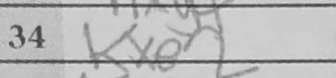
Transcription: Kxe2